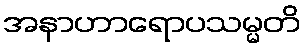
အနာဟာရောပသမ္မတိ